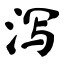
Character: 泻